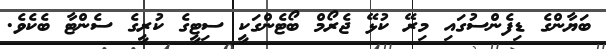
ބަޔާންގެ ޑިފެންސުގައި މިރޭ ކުޅޭ ޖެރޯމް ބޯޓެންގަކީ ސިޓީގެ ކުރީގެ ސެންޓާ ބެކެވެ.